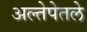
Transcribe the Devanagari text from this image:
अल्तेपेतले